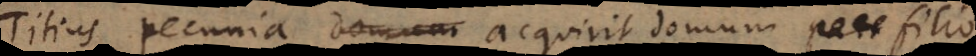
io pecunia domum acquirit domum filio.